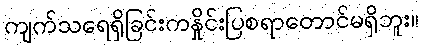
ကျက်သရေရှိခြင်းကနှိုင်းပြစရာတောင်မရှိဘူး။